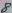
Text: 8